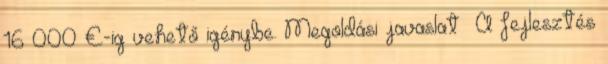
16 000 €-ig vehető igénybe. Megoldási javaslat ▪A fejlesztés